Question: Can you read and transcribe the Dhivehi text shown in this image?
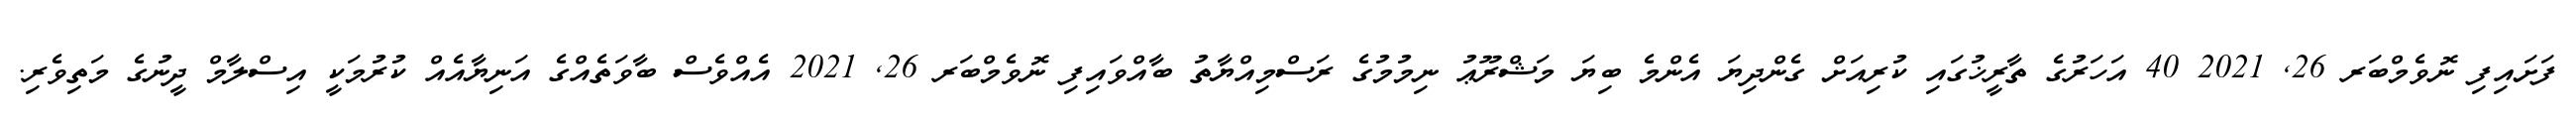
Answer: ފަށައިފި ނޮވެމްބަރ 26, 2021 40 އަހަރުގެ ތާރީޚުގައި ކުރިއަށް ގެންދިޔަ އެންމެ ބިޔަ މަޝްރޫޢު ނިމުމުގެ ރަސްމިއްޔާތު ބާއްވައިފި ނޮވެމްބަރ 26, 2021 އެއްވެސް ބާވަތެއްގެ އަނިޔާއެއް ކުރުމަކީ އިސްލާމް ދީނުގެ މަތިވެރި.